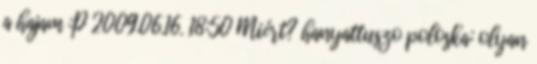
a hajam :P 2009.06.16. 18:50 Miért? hanyattuszo poloska: olyan